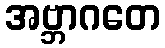
အဗ္ဘာဂတေ